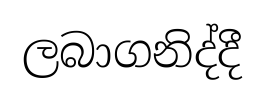
ලබාගනිද්දී